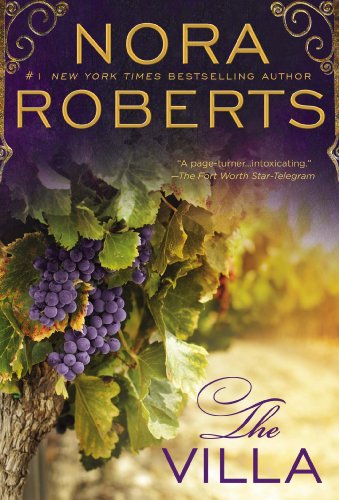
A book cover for The Villa; Nora Roberts; Romance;